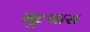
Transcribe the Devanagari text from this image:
मूल्यास